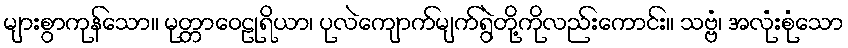
များစွာကုန်သော။ မုတ္တာဝေဠုရိယာ၊ ပုလဲကျောက်မျက်ရွဲတို့ကိုလည်းကောင်း။ သဗ္ဗံ၊ အလုံးစုံသော